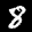
Label: 8